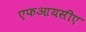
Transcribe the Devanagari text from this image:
एफआयसीए